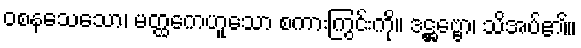
ဝစနသေသော၊ မတ္ထကေဟူသော စကားကြွင်းကို။ ဒဋ္ဌဗ္ဗော၊ သိအပ်၏။